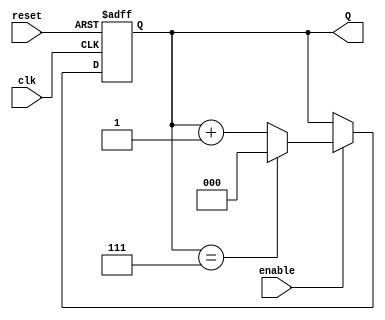
module binary_up_counter #(
    parameter N = 3  // Number of bits (default is 3 for a counter from 0 to 7)
)(
    input wire clk,    // Clock signal
    input wire reset,  // Asynchronous reset signal
    input wire enable, // Enable signal
    output reg [N-1:0] Q // Output count
);

    // Always block triggered on the rising edge of the clock
    always @(posedge clk or posedge reset) begin
        if (reset) begin
            // Asynchronous reset: set count to 0
            Q <= 0;
        end else if (enable) begin
            // Increment the count if enabled
            if (Q == (2**N - 1)) begin
                Q <= 0; // Roll over to 0 when max is reached
            end else begin
                Q <= Q + 1; // Increment the count
            end
        end
        // If reset is not asserted and enable is low, Q retains its value
    end

endmodule